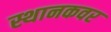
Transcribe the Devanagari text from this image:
स्थानकवर